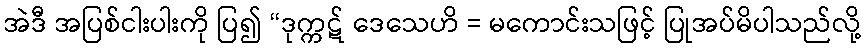
အဲဒီ အပြစ်ငါးပါးကို ပြ၍ “ဒုက္ကဋ် ဒေသေဟိ = မကောင်းသဖြင့် ပြုအပ်မိပါသည်လို့